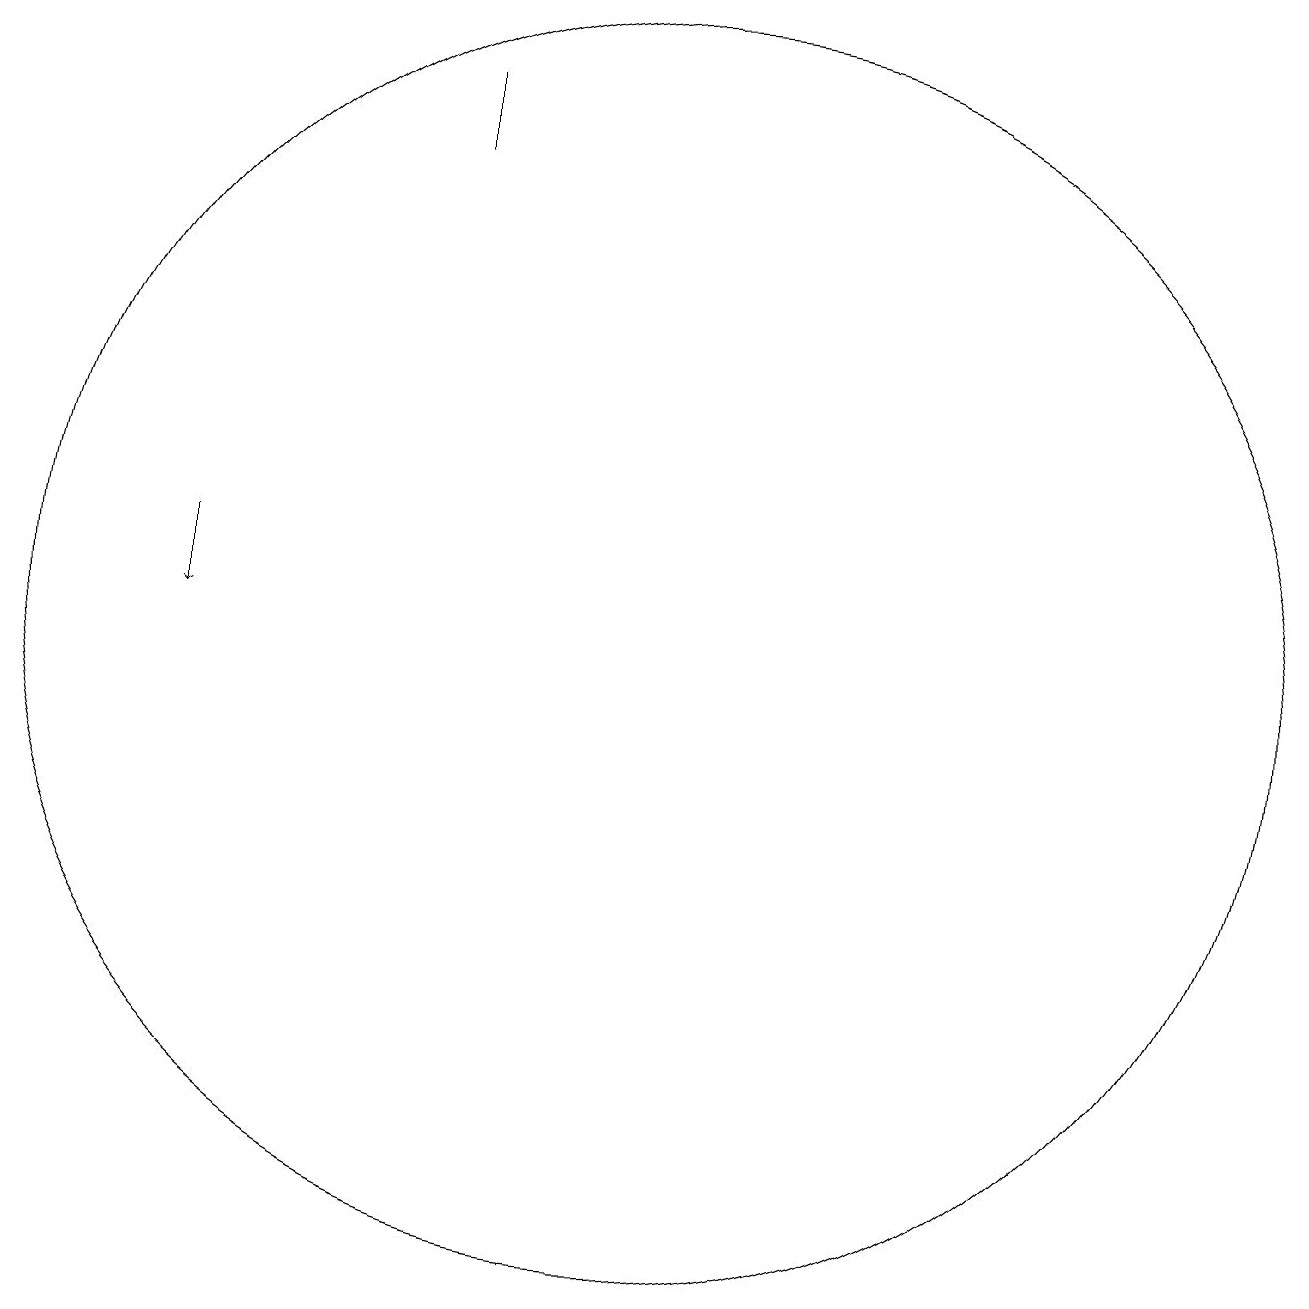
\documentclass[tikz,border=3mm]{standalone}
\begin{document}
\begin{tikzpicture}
\draw (11,10) circle (8);
\draw (8,17) rectangle (8,16);
\draw[->] (5,11) -- (5,10);
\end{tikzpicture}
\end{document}